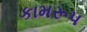
કામરૂપ